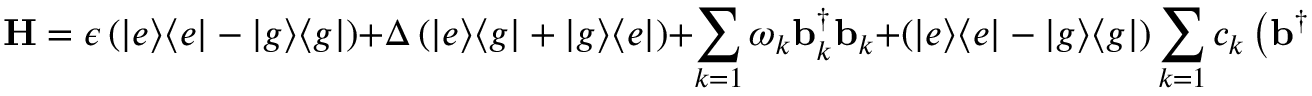
\mathbf { H } = \epsilon \left( | e \rangle \langle e | - | g \rangle \langle g | \right) + \Delta \left( | e \rangle \langle g | + | g \rangle \langle e | \right) + \sum _ { k = 1 } \omega _ { k } \mathbf { b } _ { k } ^ { \dagger } \mathbf { b } _ { k } + \left( | e \rangle \langle e | - | g \rangle \langle g | \right) \sum _ { k = 1 } c _ { k } \left( \mathbf { b } ^ { \dagger } + \mathbf { b } _ { k } \right) ,